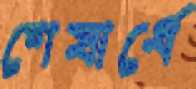
শেষার্ধে